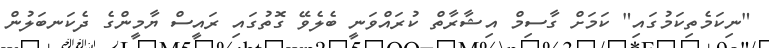
"ނިކަމެތިކަމުގައި" ކަމަށް ގާސިމް އިޝާރާތް ކުރައްވަނީ ބެލެވޭ ގޮތުގައި ރައީސް ޔާމީންގެ ދެކަނބަލުން